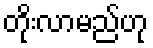
တိုးလာမည်ဟု